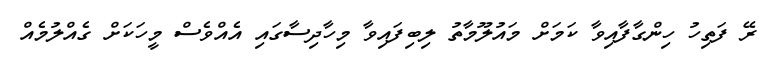
ރޭ ފަތިހު ހިންގާފާއިވާ ކަމަށް މައުލޫމާތު ލިބިފައިވާ މިހާދިސާގައި އެއްވެސް މީހަކަށް ގެއްލުމެއް